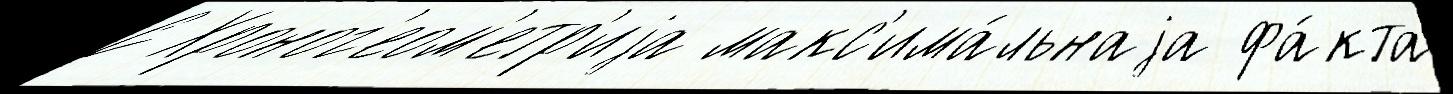
С Хроног'еом'етр'иjа макс'има́льнаjа фа́кта